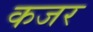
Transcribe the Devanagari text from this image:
कजर